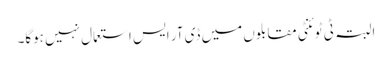
البتہ ٹی ٹوئنٹی مقابلوں میں ڈی آر ایس استعمال نہیں ہوگا۔